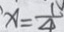
x = \frac { 1 } { 4 }